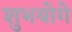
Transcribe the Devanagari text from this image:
शुभयोगे